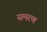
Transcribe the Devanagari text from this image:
समरण